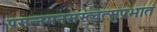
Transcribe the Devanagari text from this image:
प्रसन्नमनसस्त्वत्सुप्रभातं